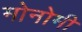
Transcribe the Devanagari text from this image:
मोनोमी